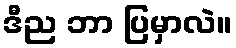
ဒီည ဘာ ပြမှာလဲ။